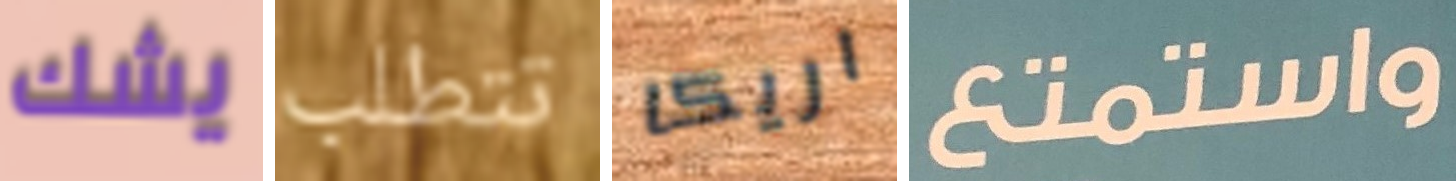
يشك تتطلب اريكا واستمتع